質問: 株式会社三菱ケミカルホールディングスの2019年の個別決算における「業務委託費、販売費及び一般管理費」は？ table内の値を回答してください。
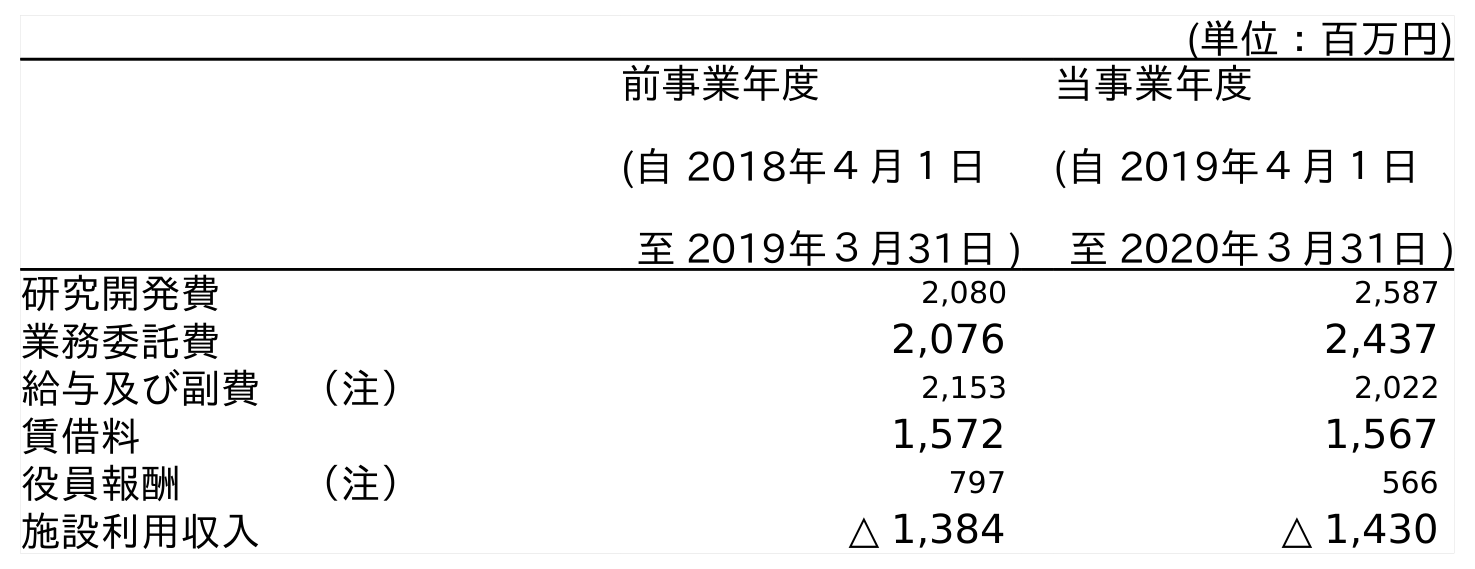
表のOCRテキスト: (単位：百万円) 前事業年度 (自 2018年４月１日 至 2019年３月31日 ) 当事業年度 (自 2019年４月１日 至 2020年３月31日 ) 研究開発費 2,080 2,587 業務委託費 2,076 2,437 給与及び副費 （注） 2,153 2,022 賃借料 1,572 1,567 役員報酬   （注） 797 566 施設利用収入 △ 1,384 △ 1,430
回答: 2,076